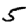
Digit: 5